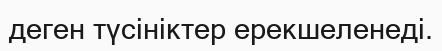
деген түсініктер ерекшеленеді.